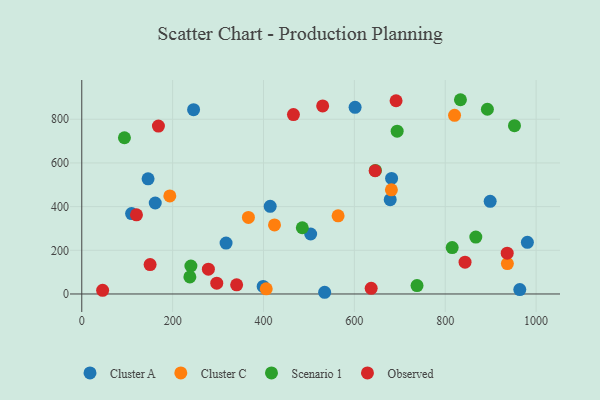
{"axis": {"x": "Speed", "y": "Exam Score"}, "legend": ["Cluster A", "Cluster C", "Observed", "Scenario 1"], "data": [{"x": "317.6", "y": 233.1, "type": "Cluster A"}, {"x": "980.8", "y": 236.6, "type": "Cluster A"}, {"x": "161.7", "y": 416.6, "type": "Cluster A"}, {"x": "399.3", "y": 34.6, "type": "Cluster A"}, {"x": "534.6", "y": 7.8, "type": "Cluster A"}, {"x": "601.6", "y": 854.8, "type": "Cluster A"}, {"x": "145.9", "y": 527.1, "type": "Cluster A"}, {"x": "681.9", "y": 528.9, "type": "Cluster A"}, {"x": "109.6", "y": 368.1, "type": "Cluster A"}, {"x": "414.7", "y": 401.5, "type": "Cluster A"}, {"x": "246.1", "y": 844.0, "type": "Cluster A"}, {"x": "503.8", "y": 274.7, "type": "Cluster A"}, {"x": "898.9", "y": 424.1, "type": "Cluster A"}, {"x": "964.1", "y": 20.0, "type": "Cluster A"}, {"x": "678.9", "y": 431.7, "type": "Cluster A"}, {"x": "936.8", "y": 139.0, "type": "Cluster C"}, {"x": "564.2", "y": 357.7, "type": "Cluster C"}, {"x": "820.5", "y": 817.9, "type": "Cluster C"}, {"x": "366.8", "y": 350.5, "type": "Cluster C"}, {"x": "406.0", "y": 23.6, "type": "Cluster C"}, {"x": "681.5", "y": 476.7, "type": "Cluster C"}, {"x": "424.2", "y": 316.0, "type": "Cluster C"}, {"x": "193.8", "y": 449.1, "type": "Cluster C"}, {"x": "240.2", "y": 128.0, "type": "Scenario 1"}, {"x": "892.8", "y": 845.7, "type": "Scenario 1"}, {"x": "694.2", "y": 745.2, "type": "Scenario 1"}, {"x": "952.4", "y": 770.4, "type": "Scenario 1"}, {"x": "833.5", "y": 889.4, "type": "Scenario 1"}, {"x": "237.9", "y": 77.9, "type": "Scenario 1"}, {"x": "867.3", "y": 260.7, "type": "Scenario 1"}, {"x": "93.9", "y": 715.3, "type": "Scenario 1"}, {"x": "485.4", "y": 303.3, "type": "Scenario 1"}, {"x": "815.3", "y": 212.6, "type": "Scenario 1"}, {"x": "737.9", "y": 38.6, "type": "Scenario 1"}, {"x": "646.3", "y": 565.5, "type": "Scenario 1"}, {"x": "340.9", "y": 41.8, "type": "Observed"}, {"x": "150.4", "y": 134.8, "type": "Observed"}, {"x": "637.0", "y": 26.1, "type": "Observed"}, {"x": "843.6", "y": 145.6, "type": "Observed"}, {"x": "691.8", "y": 884.8, "type": "Observed"}, {"x": "120.4", "y": 362.3, "type": "Observed"}, {"x": "297.1", "y": 49.4, "type": "Observed"}, {"x": "645.7", "y": 564.1, "type": "Observed"}, {"x": "936.4", "y": 186.6, "type": "Observed"}, {"x": "530.2", "y": 860.9, "type": "Observed"}, {"x": "45.9", "y": 16.7, "type": "Observed"}, {"x": "465.9", "y": 821.5, "type": "Observed"}, {"x": "168.7", "y": 768.7, "type": "Observed"}, {"x": "278.7", "y": 113.6, "type": "Observed"}]}